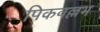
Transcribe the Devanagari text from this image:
पिकवल्लभ